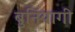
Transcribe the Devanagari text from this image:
बुनियागी